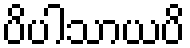
ပိပါသာယပိ